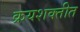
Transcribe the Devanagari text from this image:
क्रयशक्तीत